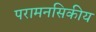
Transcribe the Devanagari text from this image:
परामनसिकीय